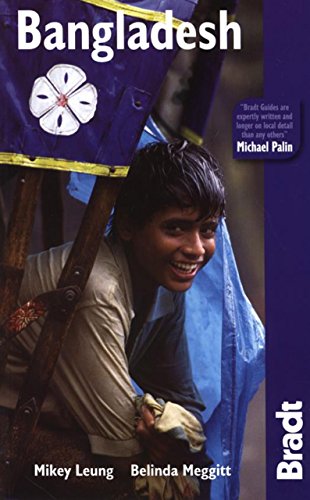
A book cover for Bangladesh (Bradt Travel Guide); Mikey Leung; Travel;